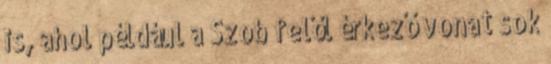
is, ahol például a Szob felől érkező vonat sok